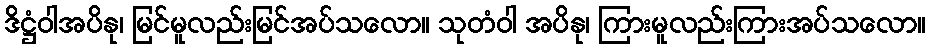
ဒိဋ္ဌံဝါအပိနု၊ မြင်မူလည်းမြင်အပ်သလော။ သုတံဝါ အပိနု၊ ကြားမူလည်းကြားအပ်သလော။